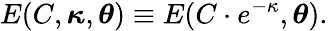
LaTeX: E(C,{\boldsymbol{\kappa}},{\boldsymbol{\theta}})\equiv E(C\cdot e^{-\kappa},{\boldsymbol{\theta}}).